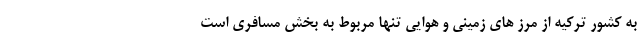
به کشور ترکیه از مرز های زمینی و هوایی تنها مربوط به بخش مسافری است